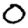
Digit: 0